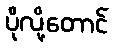
ပိုလို့တောင်